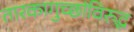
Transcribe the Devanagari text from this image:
तारकागुच्छांविरुद्ध